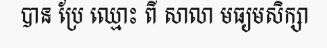
បាន ប្រែ ឈ្មោះ ពី សាលា មធ្យមសិក្សា